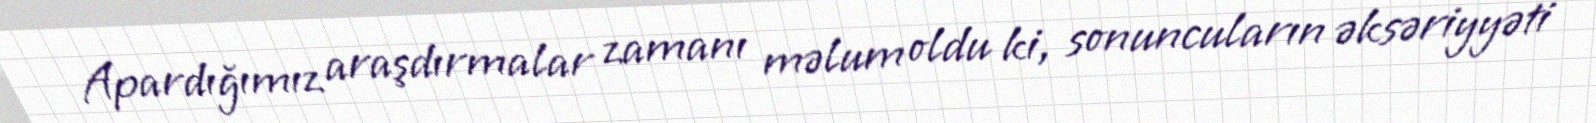
Apardığımız araşdırmalar zamanı məlum oldu ki, sonuncuların əksəriyyəti